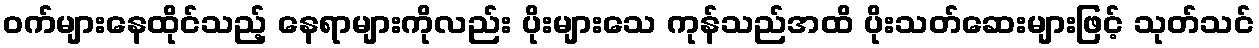
ဝက်များနေထိုင်သည့် နေရာများကိုလည်း ပိုးများသေ ကုန်သည်အထိ ပိုးသတ်ဆေးများဖြင့် သုတ်သင်